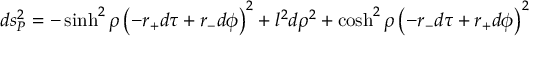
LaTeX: d s _ { P } ^ { 2 } = - \sinh ^ { 2 } \rho \left( - r _ { + } d \tau + r _ { - } d \phi \right) ^ { 2 } + l ^ { 2 } d \rho ^ { 2 } + \cosh ^ { 2 } \rho \left( - r _ { - } d \tau + r _ { + } d \phi \right) ^ { 2 }